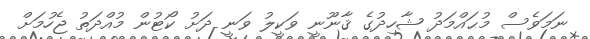
ނަމަވެސް މުޙައްމަދު ޝާހިދުގެ ޤާނޫނީ ވަކީލު ވަނީ ދަށު ކޯޓުން މުއްދަތު ޖެހުމަށް